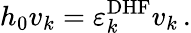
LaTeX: h_{0}v_{k}=\varepsilon_{k}^{\mathrm{DHF}}v_{k}\, .